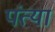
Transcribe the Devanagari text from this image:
पंत्या